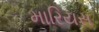
મારિયસ